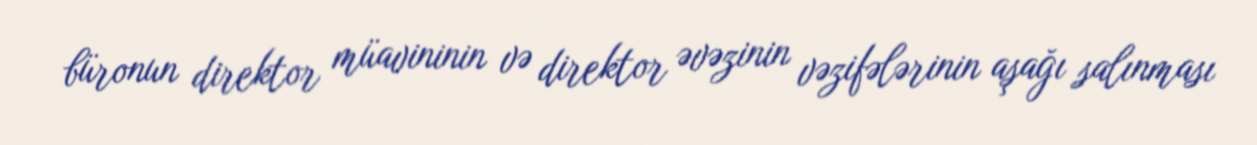
büronun direktor müavininin və direktor əvəzinin vəzifələrinin aşağı salınması